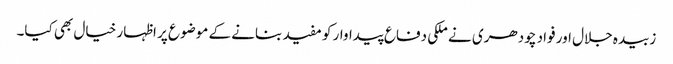
زبیدہ جلال اور فواد چودھری نے ملکی دفاع پیداوار کو مفید بنانے کے موضوع پر اظہار خیال بھی کیا۔